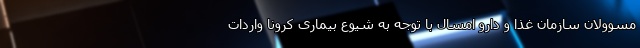
مسوولان سازمان غذا و دارو امسال با توجه به شیوع بیماری کرونا واردات